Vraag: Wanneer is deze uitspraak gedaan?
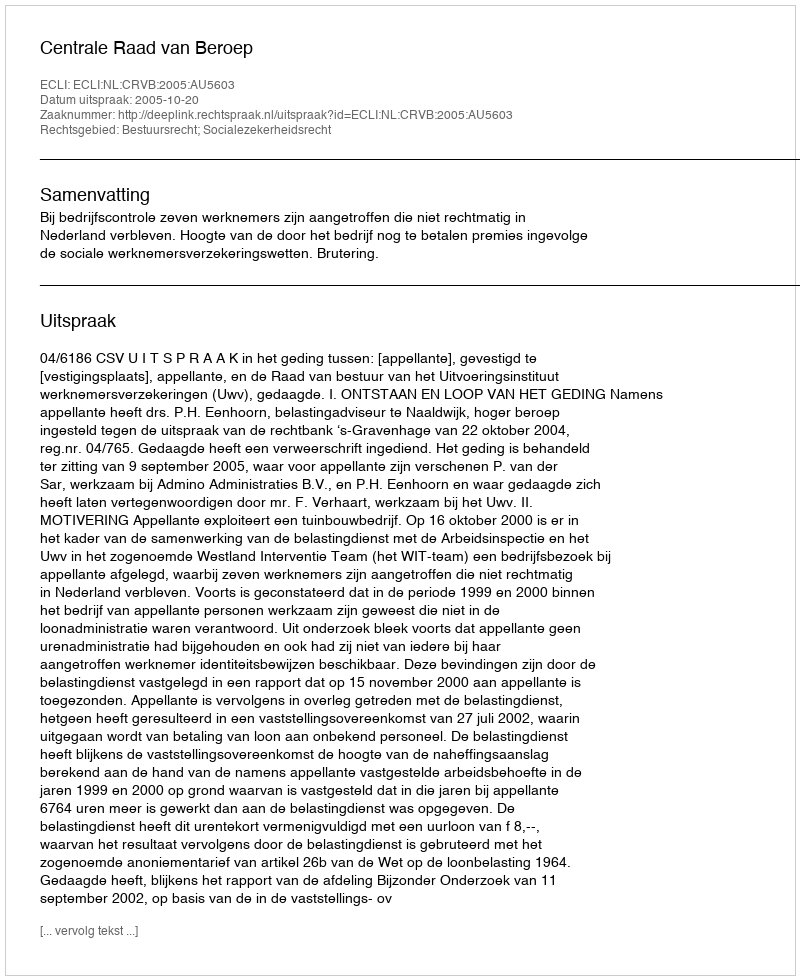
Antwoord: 2005-10-20